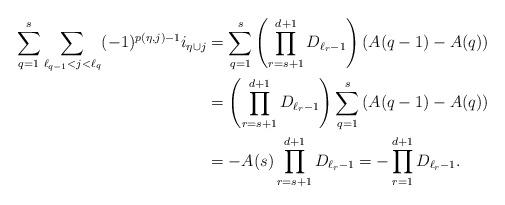
LaTeX: \begin{align*}\sum_{q=1}^{s}\sum_{ \ell_{q-1}<j < \ell_q}(-1)^{p(\eta,j)-1} i_{\eta \cup j}&= \sum_{q=1}^{s} \left(\prod_{r=s+1}^{d+1}{D_{\ell_{r}-1}}\right) \left(A(q-1)-A(q)\right)\\&=\left(\prod_{r=s+1}^{d+1}{D_{\ell_{r}-1}}\right) \sum_{q=1}^s \left(A(q-1)-A(q)\right)\\&=-A(s)\prod_{r=s+1}^{d+1}{D_{\ell_{r}-1}} =-\prod_{r=1}^{d+1}{D_{\ell_{r}-1}}.\end{align*}